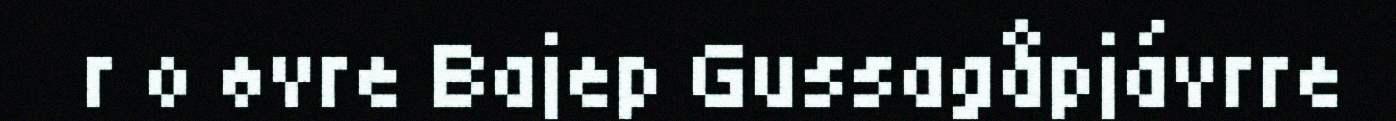
r o øvre Bajep Gussagåpjávrre